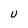
Character: U